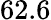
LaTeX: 62.6